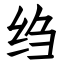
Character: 绉